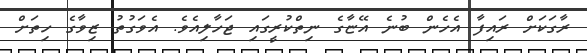
ރާގަކަށް ރައިފާ އެހެން ބުނެ އޭޏާގެ ނިތްކުރީގައި ޖަހާލިއެވެ. އެވަގުތު ޒިވާގެ ހިތަށް